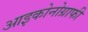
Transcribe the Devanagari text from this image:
आइकोनोग्राफी